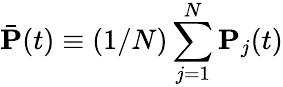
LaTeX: \bar{\mathbf P}(t)\equiv(1/N)\sum_{j=1}^{N}\mathbf P_{j}(t)